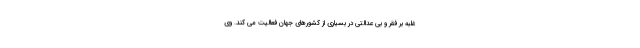
غلبه بر فقر و بی عدالتی در بسیاری از کشورهای جهان فعالیت می کند. وی